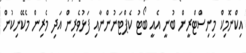
އިކްނޮމިކް މިނިސްޓްރީން ބުނީ އެއީ ބޯޓު ކެޕްޓަނުންނާއި ފަޅުވެރިން އަދި މެރިން މެކޭނިކުން